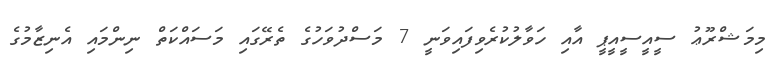
މިމަޝްރޫޢު ސީއީސީއީޕީ އާއި ހަވާލުކުރެވިފައިވަނީ 7 މަސްދުވަހުގެ ތެރޭގައި މަސައްކަތް ނިންމައި އެނިޒާމުގެ